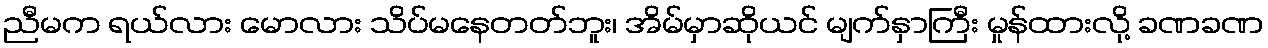
ညီမက ရယ်လား မောလား သိပ်မနေတတ်ဘူး၊ အိမ်မှာဆိုယင် မျက်နှာကြီး မှုန်ထားလို့ ခဏခဏ